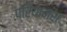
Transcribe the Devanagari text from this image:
प्रियानश